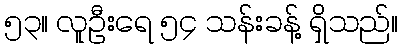
၅၃။ လူဦးရေ ၅၄ သန်းခန့် ရှိသည်။